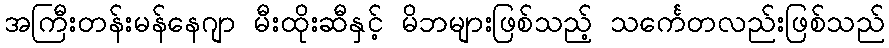
အကြီးတန်းမန်နေဂျာ မီးထိုးဆီနှင့် မိဘများဖြစ်သည့် သင်္ကေတလည်းဖြစ်သည်